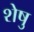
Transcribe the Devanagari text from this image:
शेषु